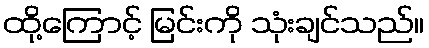
ထို့ကြောင့် မြင်းကို သုံးချင်သည်။